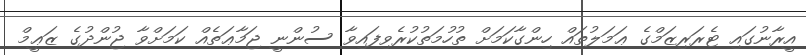
އީރާނުގައި ޓެރަރިޒަމްގެ ޢަމަލުތައް ހިންގާކަމަށް ތުހުމަތުކުރެވިފައިވާ ސުންނީ ޖަމާޢަތެއް ކަމަށްވާ ޖުންދުގެ ޒަޢީމް